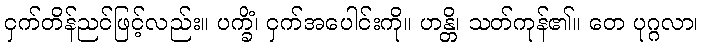
ငှက်တိန်ညင်ဖြင့်လည်း။ ပက္ခိံ၊ ငှက်အပေါင်းကို။ ဟန္တိ၊ သတ်ကုန်၏။ တေ ပုဂ္ဂလာ၊